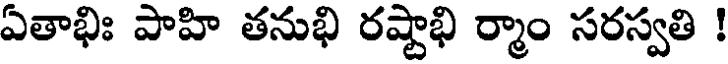
ఏతాభిః పాహి తనుభి రష్టాభి ర్మాం సరస్వతి !